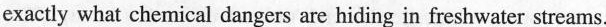
exactly what chemical dangers are hiding in freshwater streams.